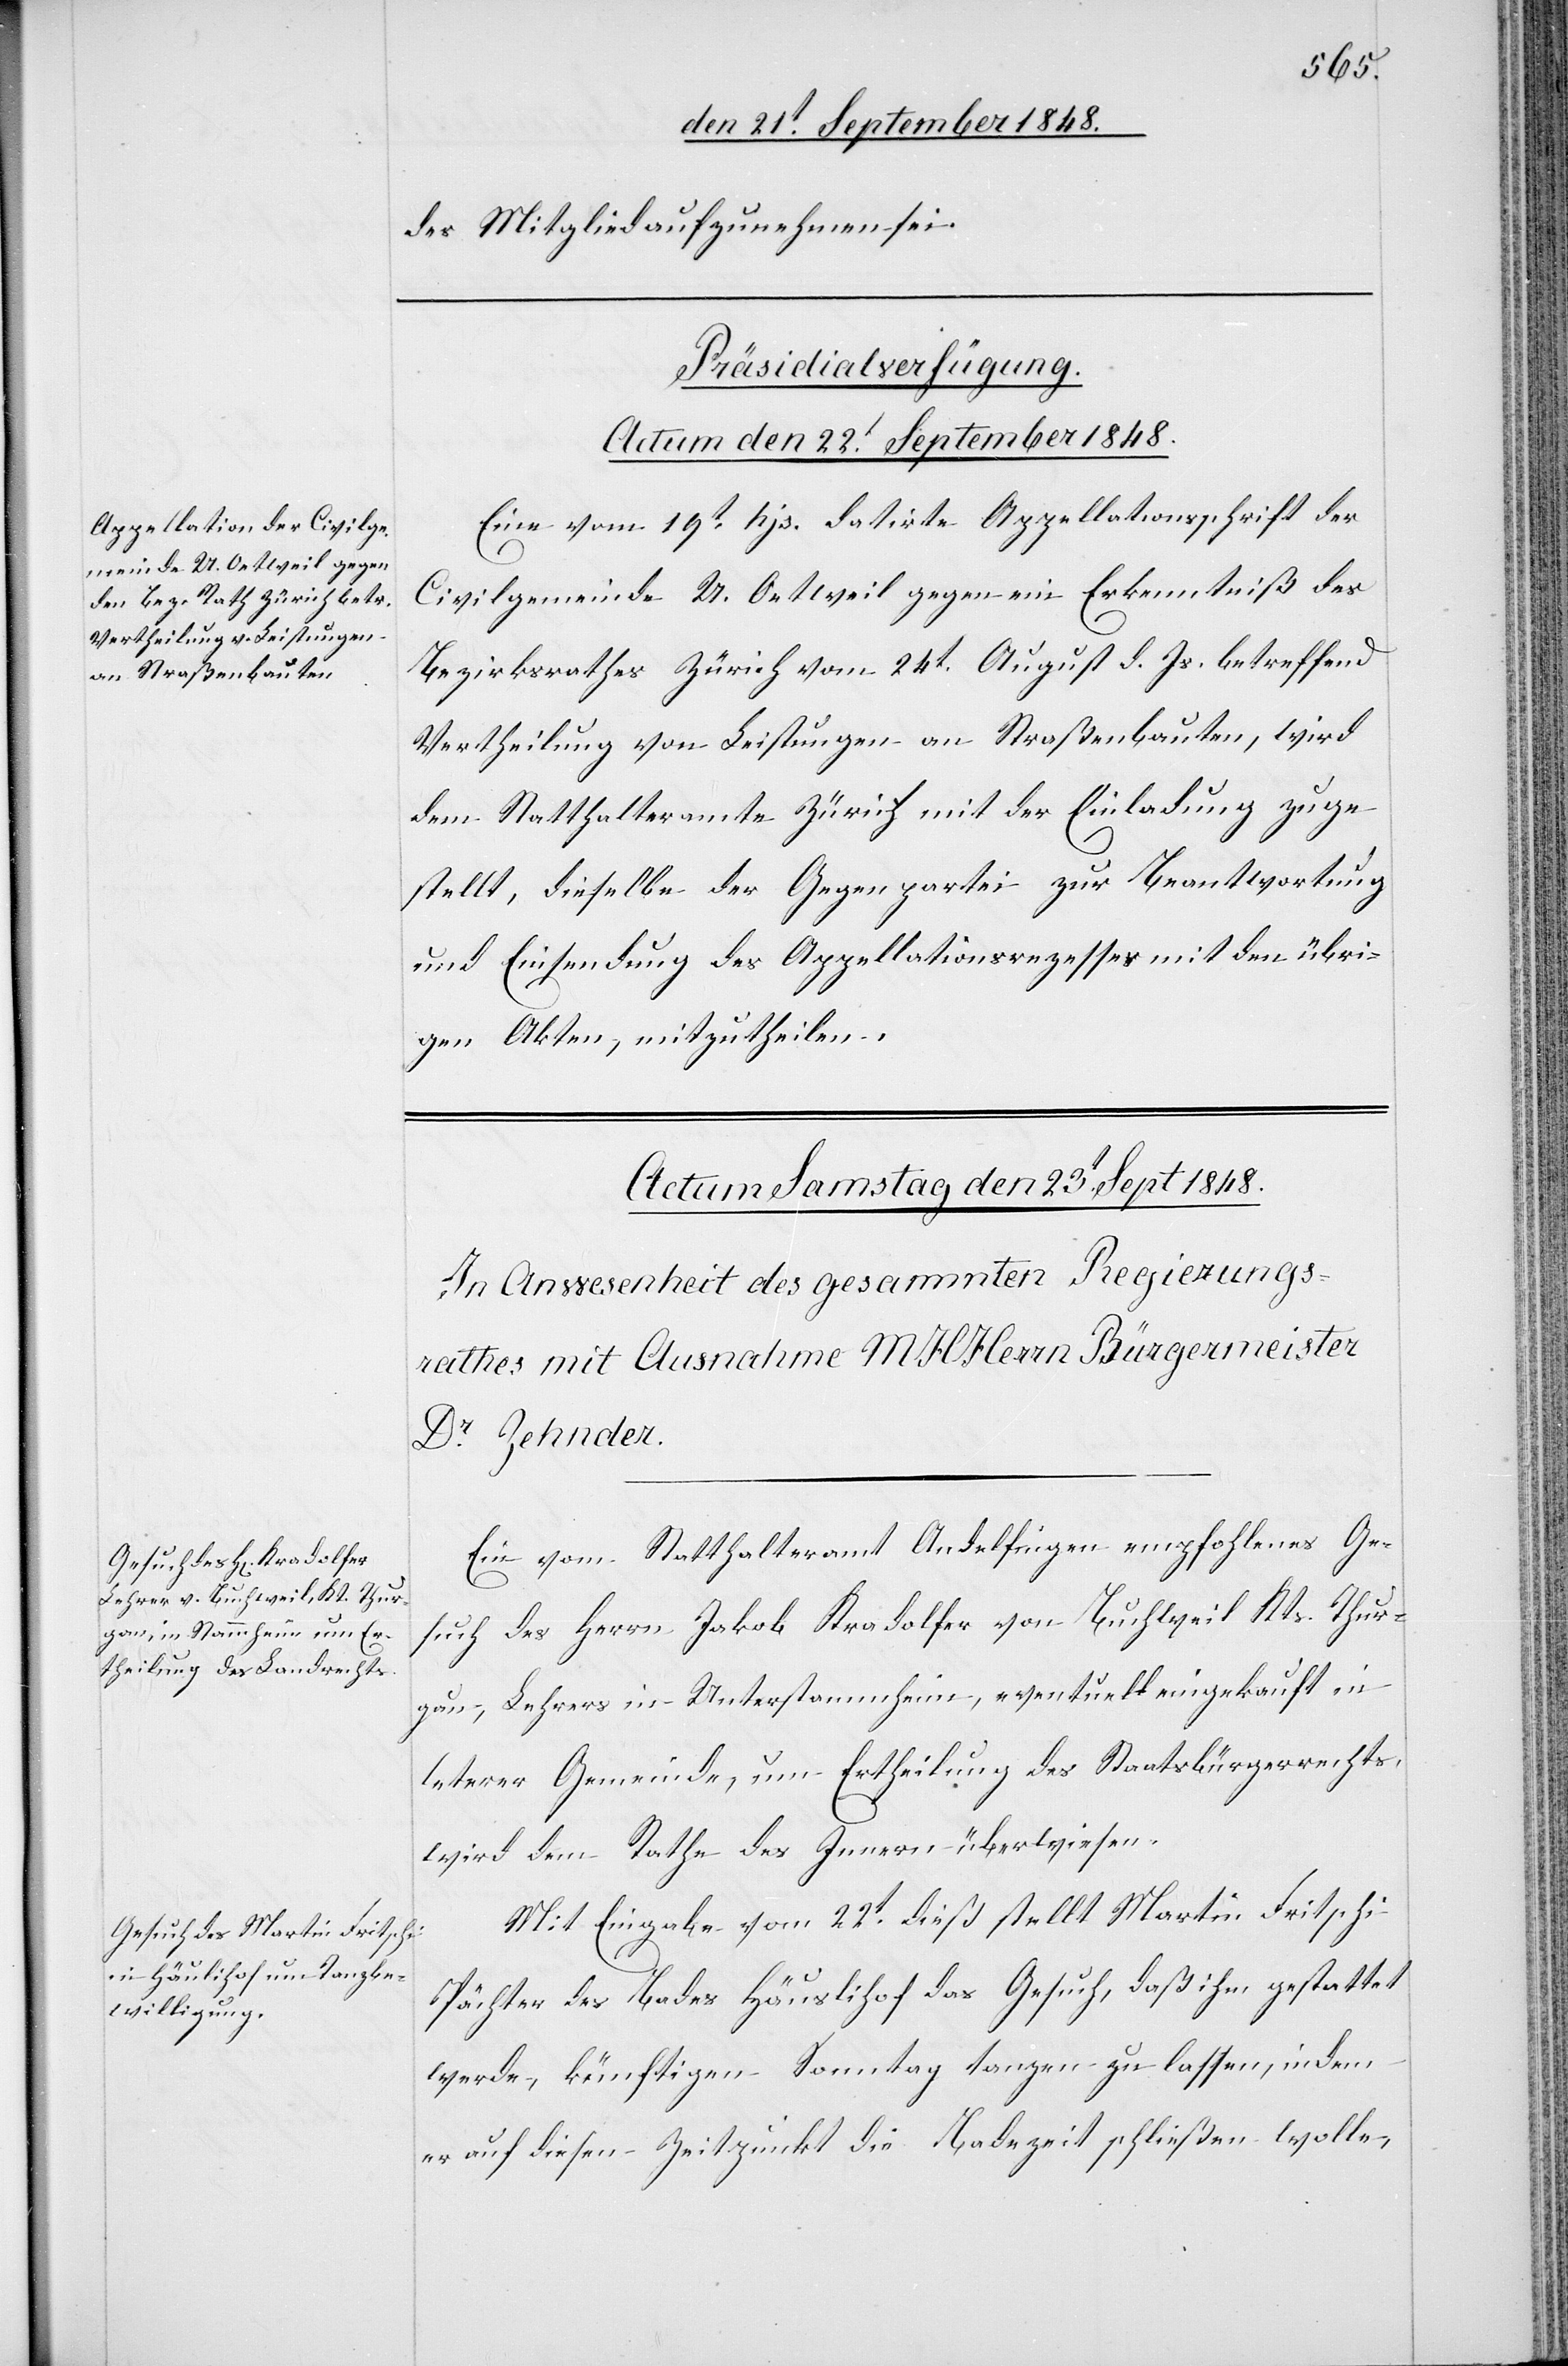
des Mitglied aufzunehmen sei.
Präsidialverfügung.
Actum den 22t September 1848.
Eine vom 19t hjs. datirte Appellationsschrift der
Civilgemeinde U. Oetweil gegen ein Erkenntniß des
Bezirksrathes Zürich vom 24t. August d. Js. betreffend
Vertheilung von Leistungen an Straßenbauten, wird
dem Statthalteramte Zürich mit der Einladung zuge¬
stellt, dieselbe der Gegenpartei zur Beantwortung
und Einsendung des Appellationsrezesses mit den übri¬
gen Akten, mitzutheilen.
Ein vom Statthalteramt Andelfingen empfohlenes Ge¬
such des Herrn Jakob Kradolfer von Buchweil Kts. Thur¬
gau, Lehrers in Unterstammheim, eventuell eingekauft in
let[zt]erer Gemeinde um Ertheilung des Staatsbürgerrechts,
wird dem Rathe des Innern überwiesen.
Mit Eingabe vom 22t dieß stellt Martin Fritschi
Pächter des Bades Häuslihof das Gesuch, daß ihm gestattet
werde, künftigen Sonntag tanzen zu lassen, indem
er auf diesen Zeitpunkt die Badezeit schließen wolle,